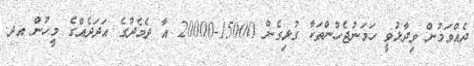
ދެއްވަމުން ވިދާޅުވީ ހަމަނުޖެހުންތަކާ ގުޅިގެން 15000-20000 އާ ދެމެދުގެ އަދަދެއްގެ މީހުން އދ.